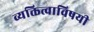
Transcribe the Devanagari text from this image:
व्यक्तित्वाविषयी